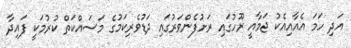
އަދި ހަމަ އެއާއިއެކު ޖަމާއީ ރޫހުގައި ރަށުފެންވަރުގައި ދަޑުވެރިކަމުގެ މަސައްކަތް ކުރުމަކީ ފައިދާ